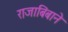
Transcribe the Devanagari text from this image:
राजाबिंबाने